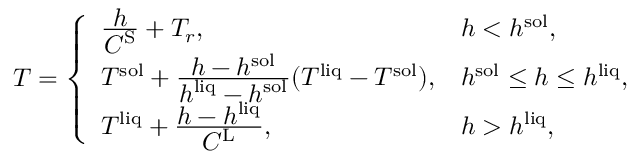
\begin{array} { r } { T = \left\{ \begin{array} { l l } { \frac { \displaystyle h } { \displaystyle C ^ { \mathrm { S } } } + T _ { r } , } & { h < h ^ { \mathrm { s o l } } , } \\ { T ^ { \mathrm { s o l } } + \frac { \displaystyle h - h ^ { \mathrm { s o l } } } { \displaystyle h ^ { \mathrm { l i q } } - h ^ { \mathrm { s o l } } } ( T ^ { \mathrm { l i q } } - T ^ { \mathrm { s o l } } ) , } & { h ^ { \mathrm { s o l } } \le h \le h ^ { \mathrm { l i q } } , } \\ { T ^ { \mathrm { l i q } } + \frac { \displaystyle h - h ^ { \mathrm { l i q } } } { \displaystyle C ^ { \mathrm { L } } } , } & { h > h ^ { \mathrm { l i q } } , } \end{array} \right. } \end{array}